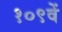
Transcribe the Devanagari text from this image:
१०९वें